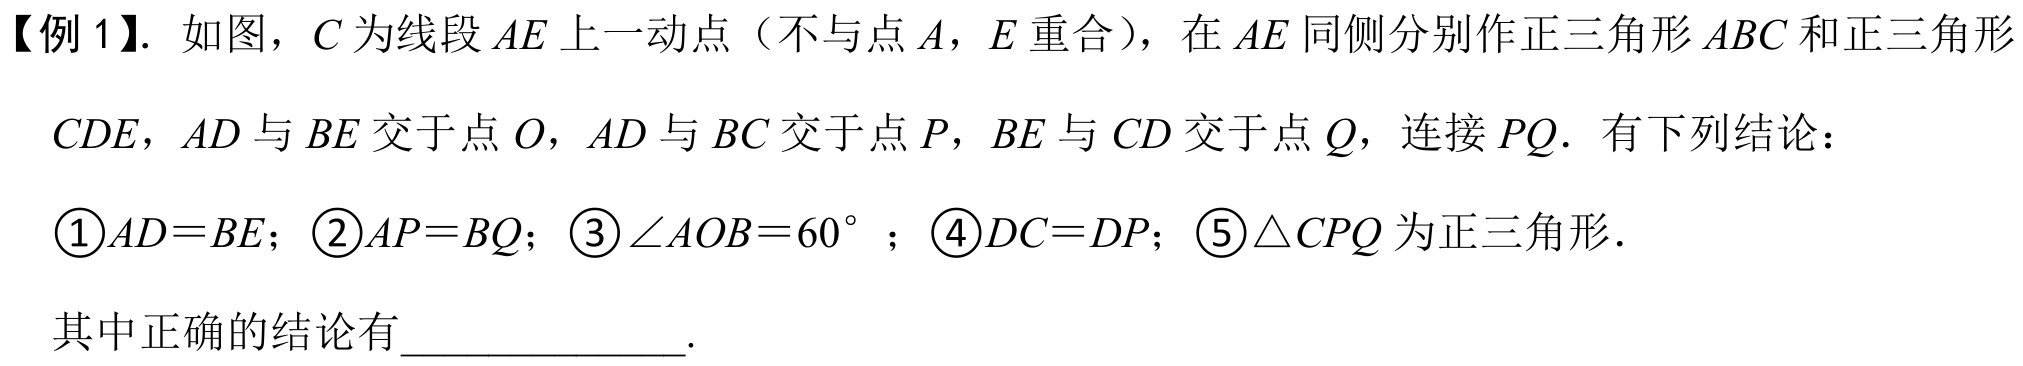
【例 1】. 如图，\(C\)为线段\(AE\)上一动点（不与点\(A\)，\(E\)重合），在\(AE\)同侧分别作正三角形\(ABC\)和正三角形
\(CDE\)，\(AD\)与\(BE\)交于点\(O\)，\(AD\)与\(BC\)交于点\(P\)，\(BE\)与\(CD\)交于点\(Q\)，连接\(PQ\)．有下列结论：
\textcircled{1}\(AD = BE\)；\textcircled{2}\(AP = BQ\)；\textcircled{3}\(\angle AOB = 60^{\circ}\)；\textcircled{4}\(DC = DP\)；\textcircled{5}\(\triangle CPQ\)为正三角形．
其中正确的结论有______________.